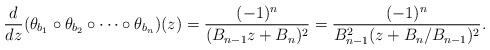
LaTeX: \begin{align*}\frac{d}{dz}(\theta_{b_1} \circ \theta_{b_{2}} \circ \cdots \circ \theta_{b_n})(z)= \frac{(-1)^n}{(B_{n-1} z + B_n)^2}= \frac{(-1)^n}{B_{n-1}^2(z + B_n/B_{n-1})^2} .\end{align*}